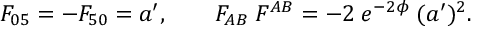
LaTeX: F _ { 0 5 } = - F _ { 5 0 } = a ^ { \prime } , \qquad F _ { A B } \; F ^ { A B } = - 2 \; e ^ { - 2 \phi } \; ( a ^ { \prime } ) ^ { 2 } .